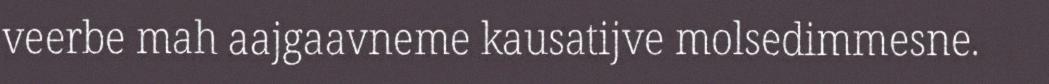
veerbe mah aajgaavneme kausatijve molsedimmesne.